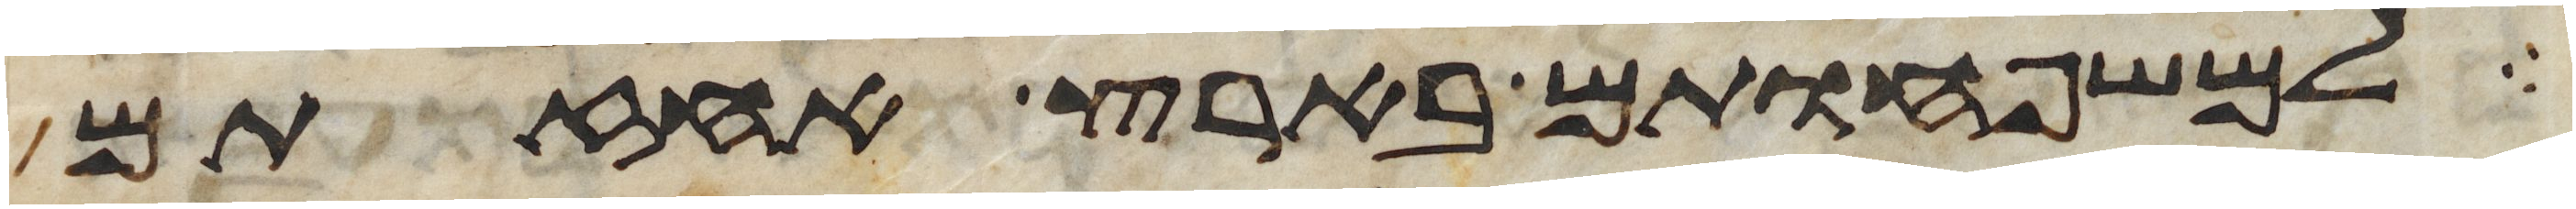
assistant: למשפחותם בארץ אחזתם